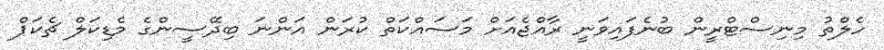
ހެލްތު މިނިސްޓްރީން ބުނެފައިވަނީ ރާއްޖެއަށް މަސައްކަތް ކުރަން އަންނަ ބިދޭސީންގެ މެޑިކަލް ޗެކަޕް